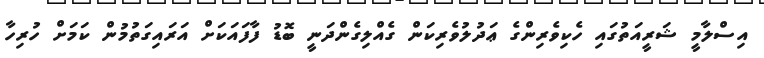
އިސްލާމީ ޝަރީއަތުގައި ހެކިވެރިންގެ ޢަދުލުވެރިކަން ގެއްލިގެންދަނީ ބޮޑު ފާފައަކަށް އަރައިގަތުމުން ކަމަށް ހުރިހާ